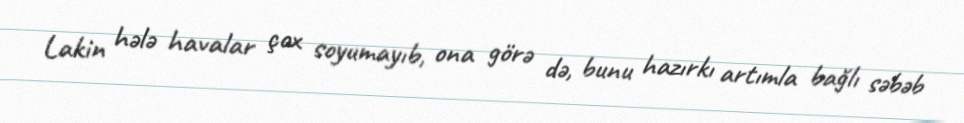
Lakin hələ havalar çox soyumayıb, ona görə də, bunu hazırkı artımla bağlı səbəb